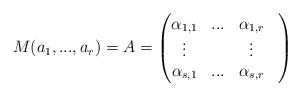
LaTeX: \begin{align*}M(a_1,...,a_r)=A= \begin{pmatrix}\alpha_{1,1} & ... & \alpha_{1,r} \\\vdots & & \vdots & \\\alpha_{s,1} & ... & \alpha_{s,r}\end{pmatrix}\end{align*}